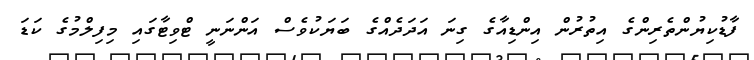
ފާޑުކިޔުންތެރިންގެ އިތުރުން އިންޑިއާގެ ގިނަ އަދަދެއްގެ ބަޔަކުވެސް އަންނަނީ ޓްވިޓާގައި މިފިލްމުގެ ކަޑަ